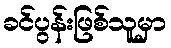
ခင်ပွန်းဖြစ်သူမှာ